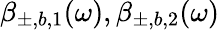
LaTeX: \beta_{\pm,b,1}(\omega),\beta_{\pm,b,2}(\omega)